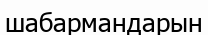
шабармандарын